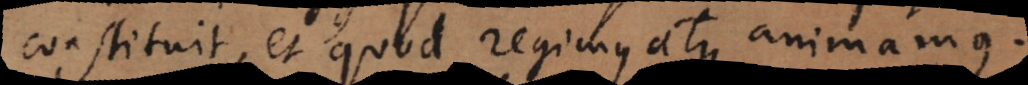
constituit, et quod regimus atque animamus.